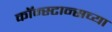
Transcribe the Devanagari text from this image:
कॉन्स्टान्सच्या